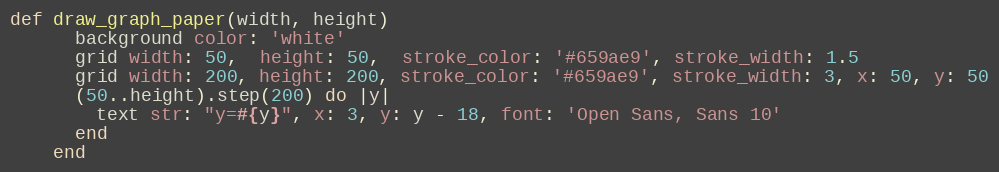
Language: Ruby
def draw_graph_paper(width, height)
      background color: 'white'
      grid width: 50,  height: 50,  stroke_color: '#659ae9', stroke_width: 1.5
      grid width: 200, height: 200, stroke_color: '#659ae9', stroke_width: 3, x: 50, y: 50
      (50..height).step(200) do |y|
        text str: "y=#{y}", x: 3, y: y - 18, font: 'Open Sans, Sans 10'
      end
    end